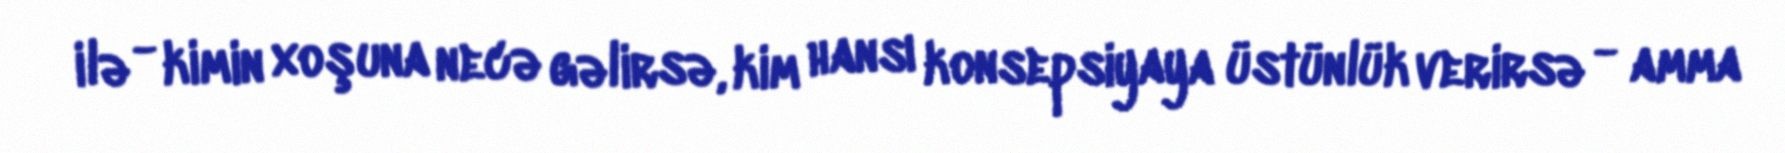
ilə - kimin xoşuna necə gəlirsə, kim hansı konsepsiyaya üstünlük verirsə - amma